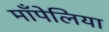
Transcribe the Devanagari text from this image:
माँपेलिया